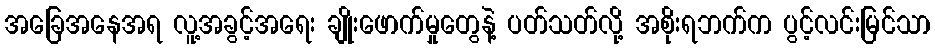
အခြေအနေအရ လူ့အခွင့်အရေး ချိုးဖောက်မှုတွေနဲ့ ပတ်သတ်လို့ အစိုးရဘက်က ပွင့်လင်းမြင်သာ